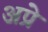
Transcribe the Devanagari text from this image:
अप्रे